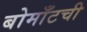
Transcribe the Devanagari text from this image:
बोमाँटची